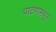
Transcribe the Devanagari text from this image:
पाटणामधून